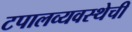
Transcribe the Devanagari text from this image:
टपालव्यवस्थेची